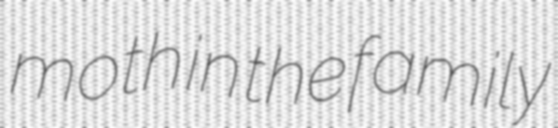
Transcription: moth in the family